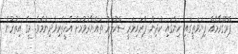
ޕްރޮގްރާމެއް ފިޔަވަތީގައި ހިންގައި ކުދިން ޕްރައިމަރީ ސްކޫލަށް ތައްޔާރުވުމަށް އެހީތެރިވެދިނުމެވެ. މީގެ އިތުރުން